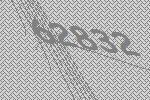
62832